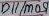
Text: D11